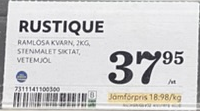
Vara: Rustique
Genomsnittspris: 18.98 per kg